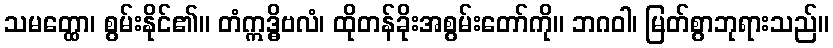
သမတ္ထော၊ စွမ်းနိုင်၏။ တံဣဒ္ဓိဗလံ၊ ထိုတန်ခိုးအစွမ်းတော်ကို။ ဘဂဝါ၊ မြတ်စွာဘုရားသည်။